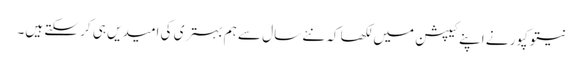
نیتو کپور نے اپنے کیپشن میں لکھا کہ نئے سال سے ہم بہتری کی امیدیں ہی کر سکتے ہیں۔